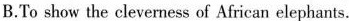
B.To show the cleverness of African elephants.